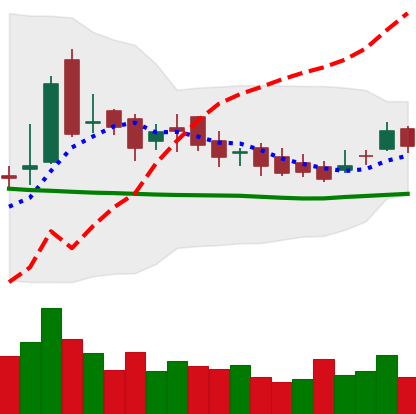
Ticker: LTC-USD
Chart end date: 2016-12-03
Forward return: -5.935%
Label: down_5_7